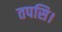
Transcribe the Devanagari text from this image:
तपसि।